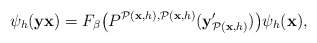
\begin{align*} \psi_h(\textbf{y}\textbf{x})=F_\beta\big(P^{\mathcal{P}(\textbf{x}, h),\mathcal{P}(\textbf{x}, h)}(\textbf{y}'_{\mathcal{P}(\textbf{x}, h)})\big)\psi_h(\textbf{x}),\end{align*}